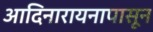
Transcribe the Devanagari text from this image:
आदिनारायनापासून